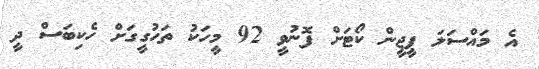
އެ މައްސަލަ ޕީޖީން ކޯޓަށް ފޮނުވީ 92 މީހަކު ތަހުގީގަށް ހެކިބަސް ދީ